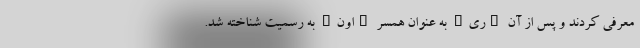
معرفی کردند و پس از آن "ری" به عنوان همسر "اون" به رسمیت شناخته شد.